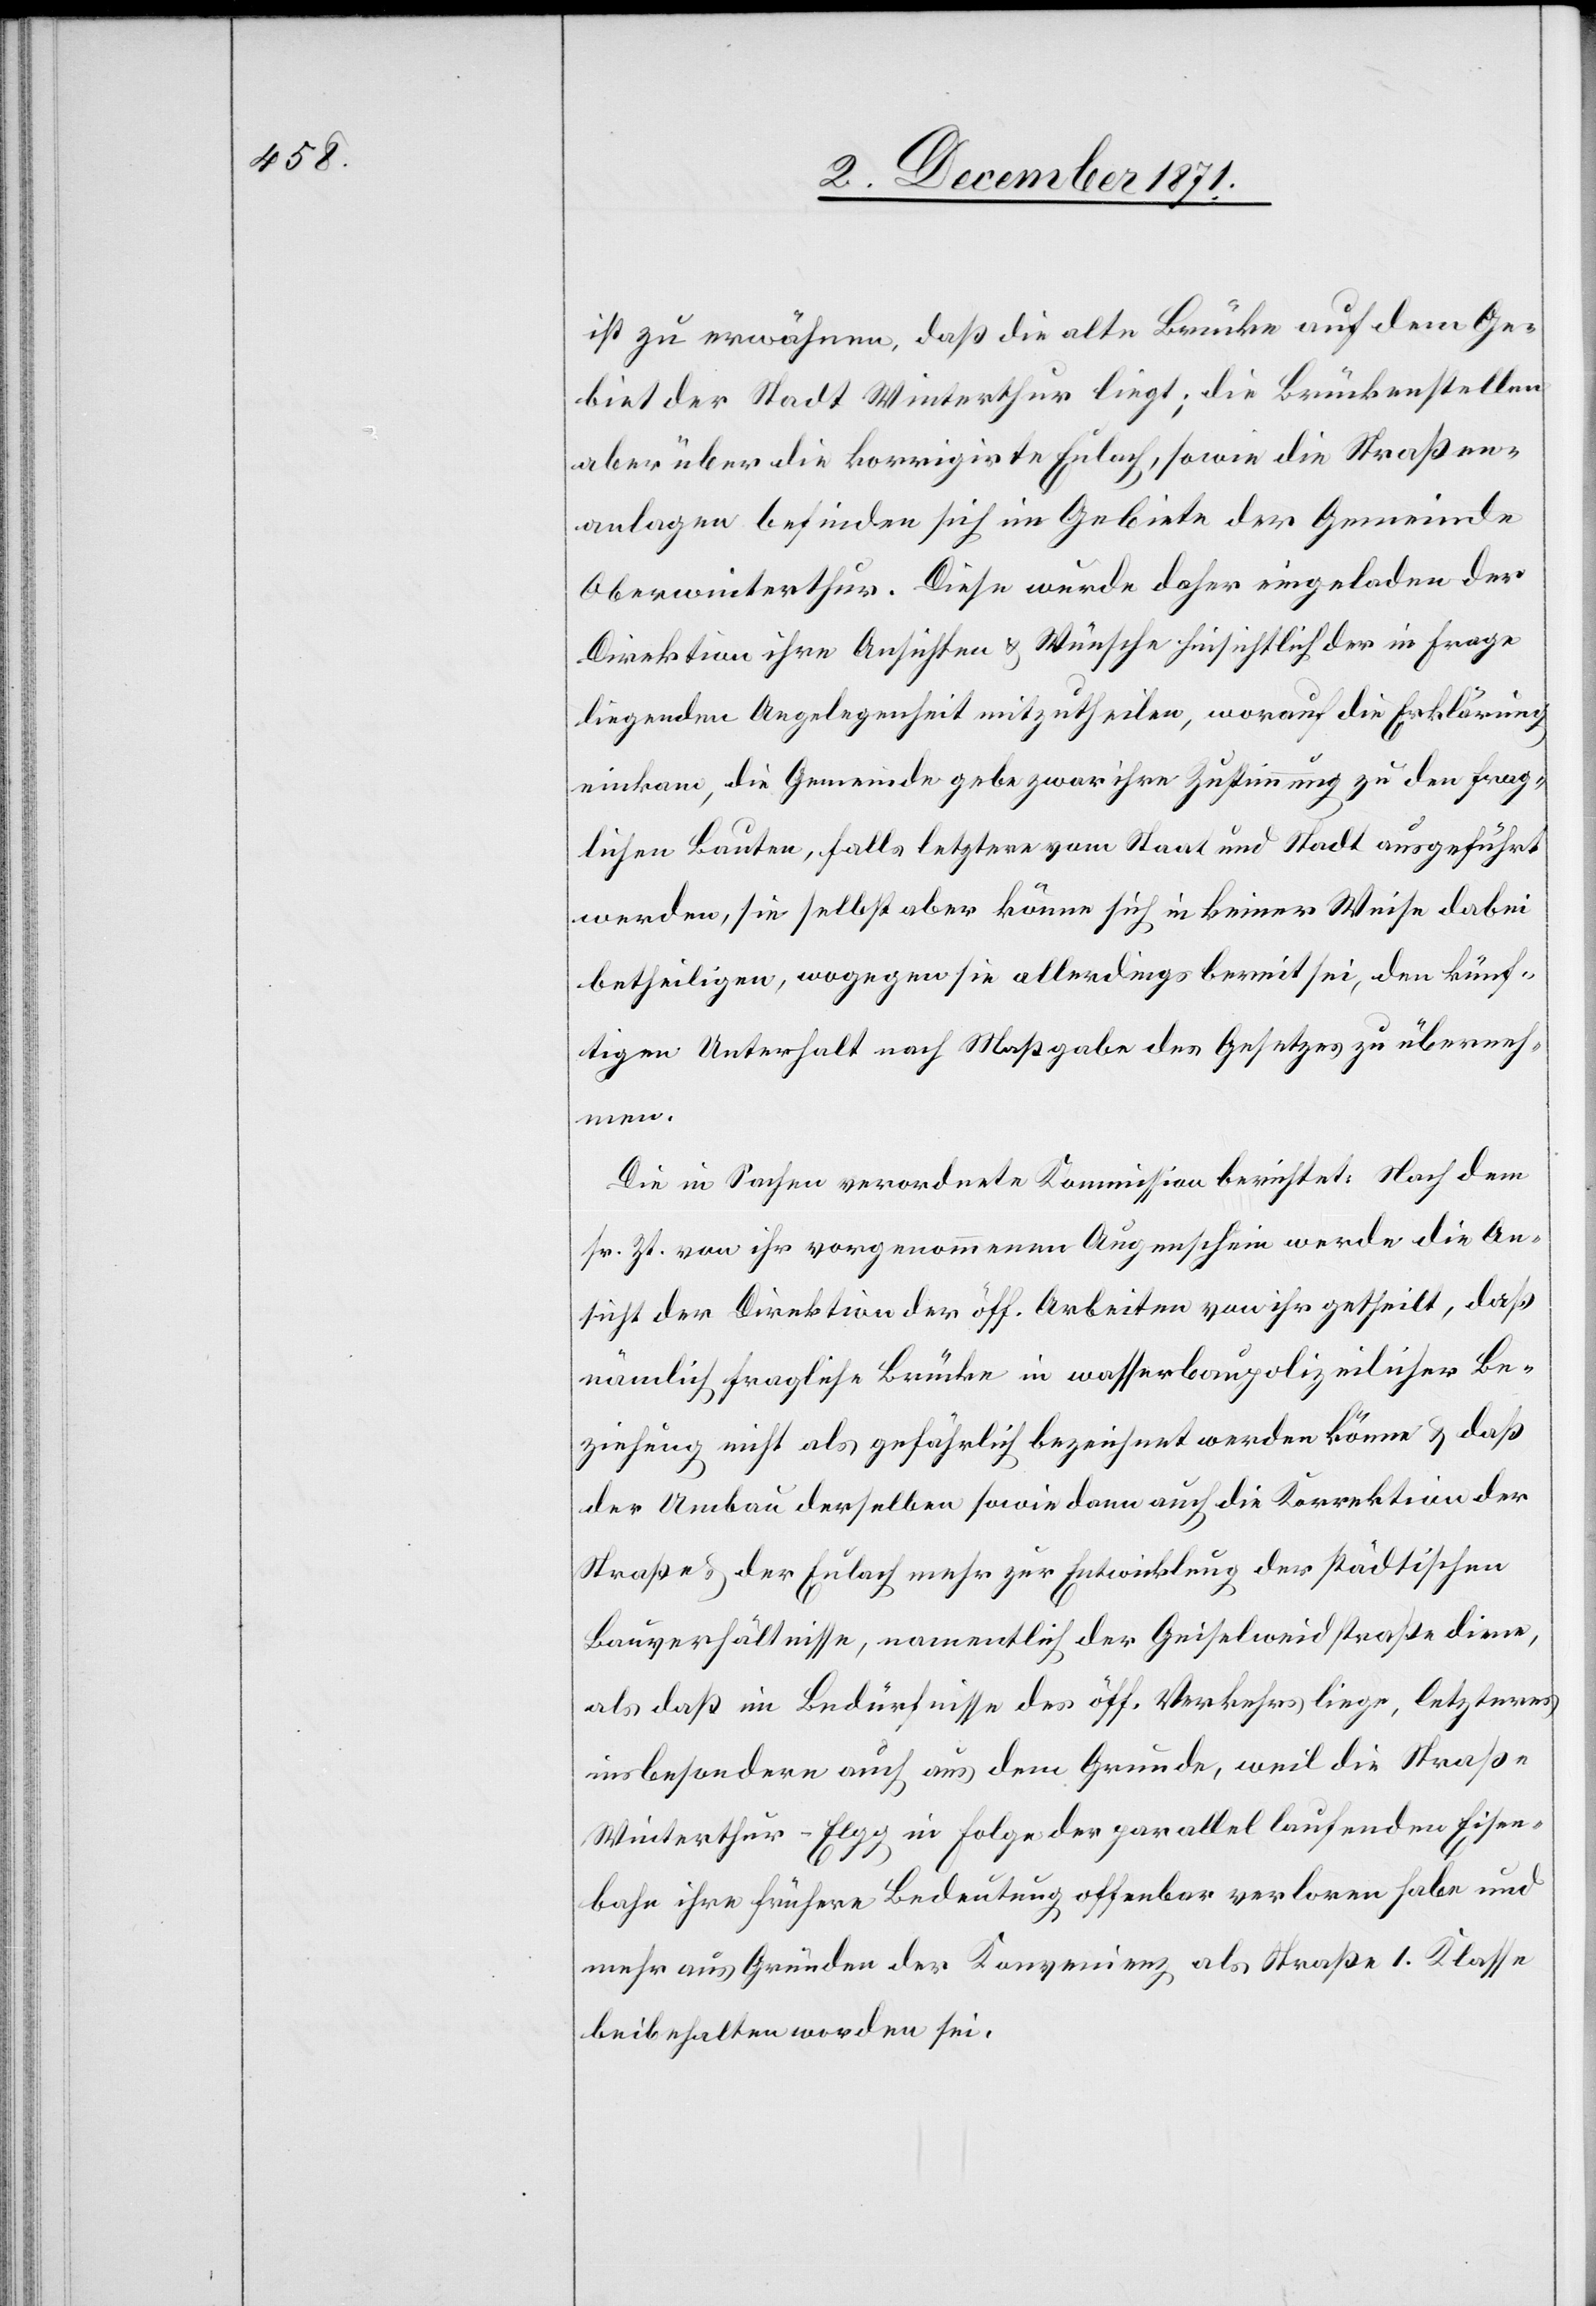
ist zu erwähnen, daß die alte Brücke auf dem Ge¬
biet der Stadt Winterthur liegt; die Brückenstellen
aber über die korrigirte Eulach, sowie die Straßen¬
anlagen befinden sich im Gebiete der Gemeinde
Oberwinterthur. Diese wurde daher eingeladen der
Direktion ihre Ansichten & Wünsche hinsichtlich der in Frage
liegenden Angelegenheit mitzutheilen, worauf die Erklärung
einkam, die Gemeinde gebe zwar ihre Zustimmung zu den frag¬
lichen Bauten, falls letztere vom Staat und Stadt ausgeführt
werden, sie selbst aber könne sich in keiner Weise dabei
betheiligen, wogegen sie allerdings bereit sei, den künf¬
tigen Unterhalt nach Maßgabe des Gesetzes zu überneh¬
men.
Die in Sachen verordnete Kommission berichtet: Nach dem
sr. Zt. von ihr vorgenommenen Augenschein werde die An¬
sicht der Direktion der öff. Arbeiten von ihr getheilt, daß
nämlich fragliche Brücke in wasserbaupolizeilicher Be¬
ziehung nicht als gefährlich bezeichnet werden könne & daß
der Umbau derselben sowie dann auch die Korrektion der
Straße & der Eulach mehr zur Entwicklung der städtischen
Bauverhältnisse, namentlich der Geiselweidstraße dienen,
als daß im Bedürfnisse des öff. Verkehrs liege, letzteres
insbesondere auch aus dem Grunde, weil die Straße
Winterthur–Elgg in Folge der parallel laufenden Eisen¬
bahn ihre frühere Bedeutung offenbar verloren habe und
mehr aus Gründen der Konvenienz als Straße 1. Klasse
beibehalten worden sei.